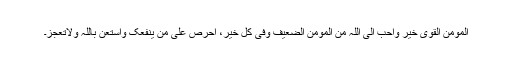
اَلْمُومِنُ القَوِیُ خَیرٌ وَاَحَبُّ اِلی اللّٰہِ مِنَ المُومِنِ الضَّعیفِ وَفی کُلِ خَیر، اِحْرِصْ عَلٰی مَنْ یَنفَعُکَ وَاسْتَعِنْ بِاللّٰہِ وَلَاتَعْجِزْ۔